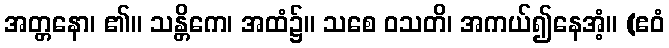
အတ္တနော၊ ၏။ သန္တိကေ၊ အထံ၌။ သစေ ဝသတိ၊ အကယ်၍နေအံ့။ (ဧဝံ